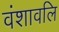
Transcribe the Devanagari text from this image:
वंशावलि